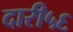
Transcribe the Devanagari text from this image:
दारी५६